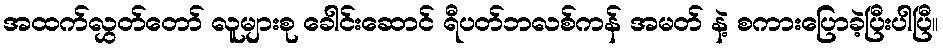
အထက်လွှတ်တော် လူများစု ခေါင်းဆောင် ရီပတ်ဘလစ်ကန် အမတ် နဲ့ စကားပြောခဲ့ပြီးပါပြီ။